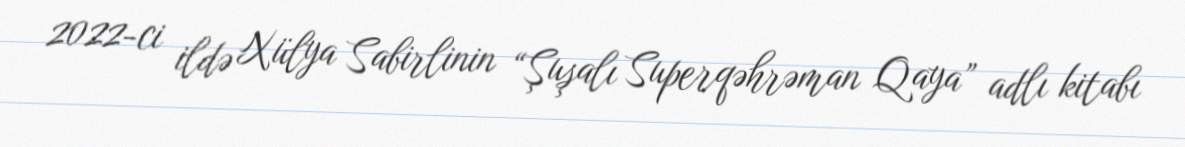
2022-ci ildə Xülya Sabirlinin “Şuşalı Superqəhrəman Qaya” adlı kitabı